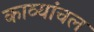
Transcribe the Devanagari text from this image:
काव्यांचल